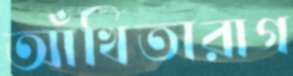
আঁখিতারাগ